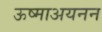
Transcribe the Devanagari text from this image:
ऊष्माअयनन